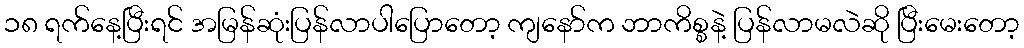
၁၈ ရက်နေ့ပြီးရင် အမြန်ဆုံးပြန်လာပါပြောတော့ ကျနော်က ဘာကိစ္စနဲ့ ပြန်လာမလဲဆို ပြီးမေးတော့